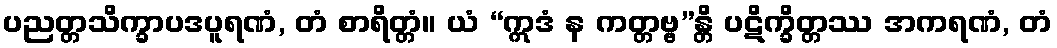
ပညတ္တသိက္ခာပဒပူရဏံ, တံ စာရိတ္တံ။ ယံ “ဣဒံ န ကတ္တဗ္ဗ”န္တိ ပဋိက္ခိတ္တဿ အကရဏံ, တံ